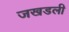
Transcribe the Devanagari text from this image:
जखडली